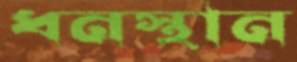
ধনস্থান